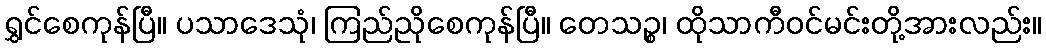
ရွှင်စေကုန်ပြီ။ ပသာဒေသုံ၊ ကြည်ညိုစေကုန်ပြီ။ တေသဉ္စ၊ ထိုသာကီဝင်မင်းတို့အားလည်း။